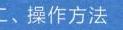
二、操作方法